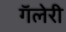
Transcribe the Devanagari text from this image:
गॅलेरी